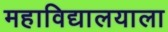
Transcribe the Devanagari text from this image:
महाविद्यालयाला